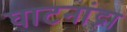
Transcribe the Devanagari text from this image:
घाटनांद्रा